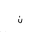
Letter: _non